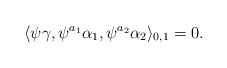
\begin{align*}\langle \psi \gamma,\psi^{a_1}\alpha_1,\psi^{a_2}\alpha_2\rangle_{0,1}=0.\end{align*}